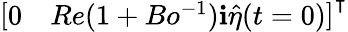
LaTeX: \left[\begin{array}{ll}{0}&{Re(1+Bo^{-1})\textbf{i}\hat{\eta}(t=0)}\end{array}\right]^{\intercal}